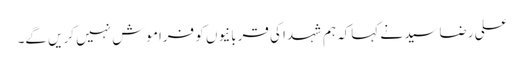
علی رضاسید نے کہاکہ ہم شہدا کی قربانیوں کو فراموش نہیں کریں گے۔